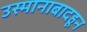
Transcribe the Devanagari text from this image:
उस्मानाबादहून